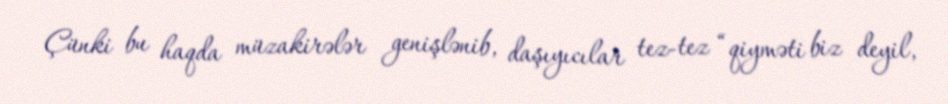
Çünki bu haqda müzakirələr genişlənib, daşıyıcılar tez-tez “qiyməti biz deyil,